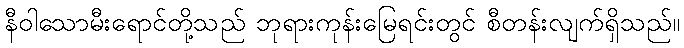
နီဝါသောမီးရောင်တို့သည် ဘုရားကုန်းမြေရင်းတွင် စီတန်းလျက်ရှိသည်။